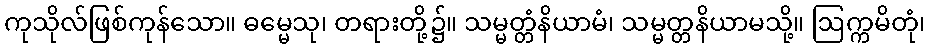
ကုသိုလ်ဖြစ်ကုန်သော။ ဓမ္မေသု၊ တရားတို့၌။ သမ္မတ္တံနိယာမံ၊ သမ္မတ္တနိယာမသို့။ ဩက္ကမိတုံ၊